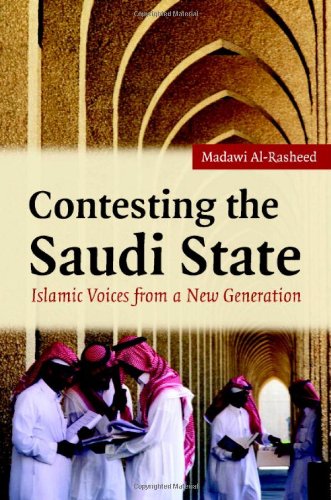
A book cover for Contesting the Saudi State: Islamic Voices from a New Generation (Cambridge Middle East Studies); Madawi Al-Rasheed; History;